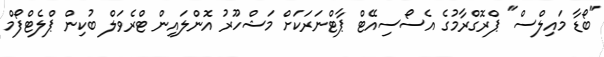
"ބޯޑާ މައިލްސް" ޕްރޮގްރާމުގެ އެސޯސިއޭޓް ޕާޓްނަރަކަށް މަޝްހޫރު އޮންލައިން ޓްރެވަލް ބުކިން ޕްލެޓްފޯމް